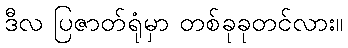
ဒီလ ပြဇာတ်ရုံမှာ တစ်ခုခုတင်လား။